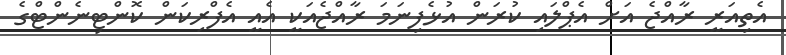
އެތިއަރީ ރާއްޖެ އަށް އެޕްލައި ކުރަން އުޅެފިނަމަ ރާއްޖެއަކީ އެއީ އެފްރިކަން ކޮންޓިނެންޓްގެ